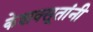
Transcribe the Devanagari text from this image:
केशवसूतांनी